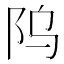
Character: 𬮻